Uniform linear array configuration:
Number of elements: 32
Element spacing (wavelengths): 0.75
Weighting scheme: hann
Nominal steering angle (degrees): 45
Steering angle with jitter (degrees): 43.486
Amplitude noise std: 0.05
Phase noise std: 0.05

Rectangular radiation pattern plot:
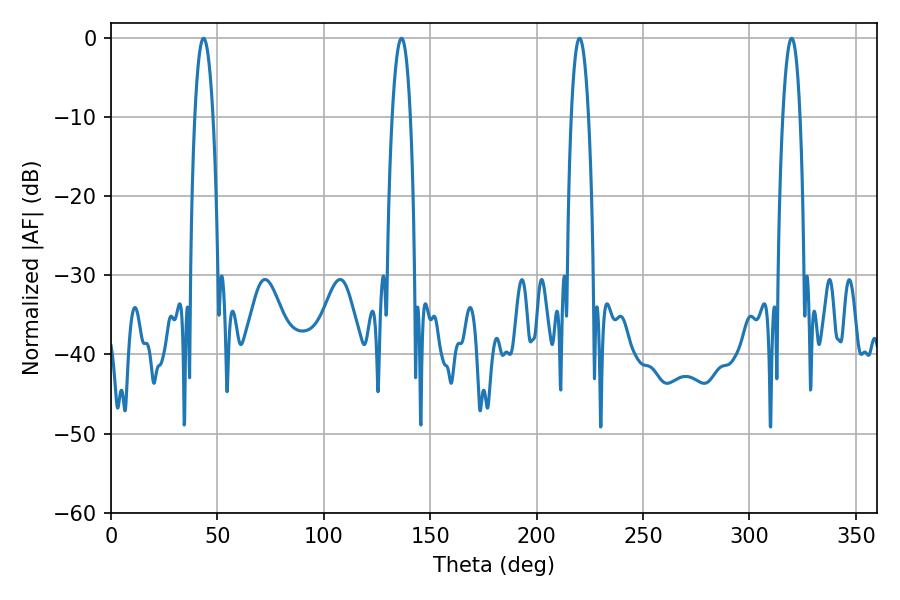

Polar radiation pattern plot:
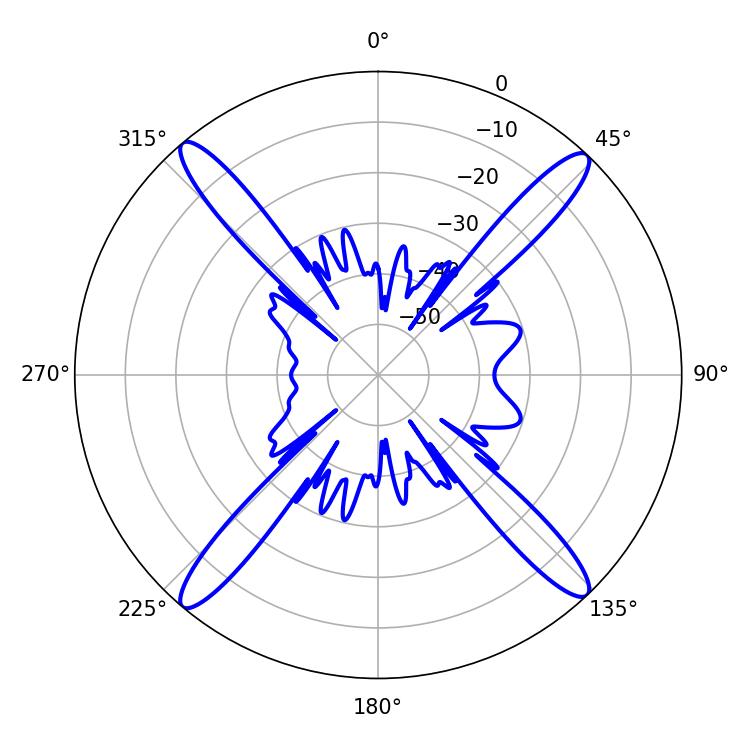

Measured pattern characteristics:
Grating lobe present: TRUE
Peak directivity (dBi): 21.59
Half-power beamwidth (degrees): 4.5
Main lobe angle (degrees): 220.14